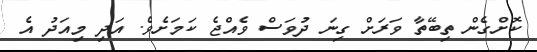
ކޮށްގެން ތިބޭތާ ވަރަށް ގިނަ ދުވަސް ވެއްޖެ ކަމަށެވެ. އަދި މިއަދު އެ